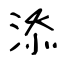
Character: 添